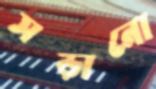
সড়ানো